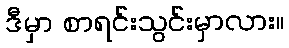
ဒီမှာ စာရင်းသွင်းမှာလား။